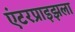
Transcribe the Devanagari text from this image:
एंटरप्राइझला